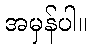
အမှန်ပါ။